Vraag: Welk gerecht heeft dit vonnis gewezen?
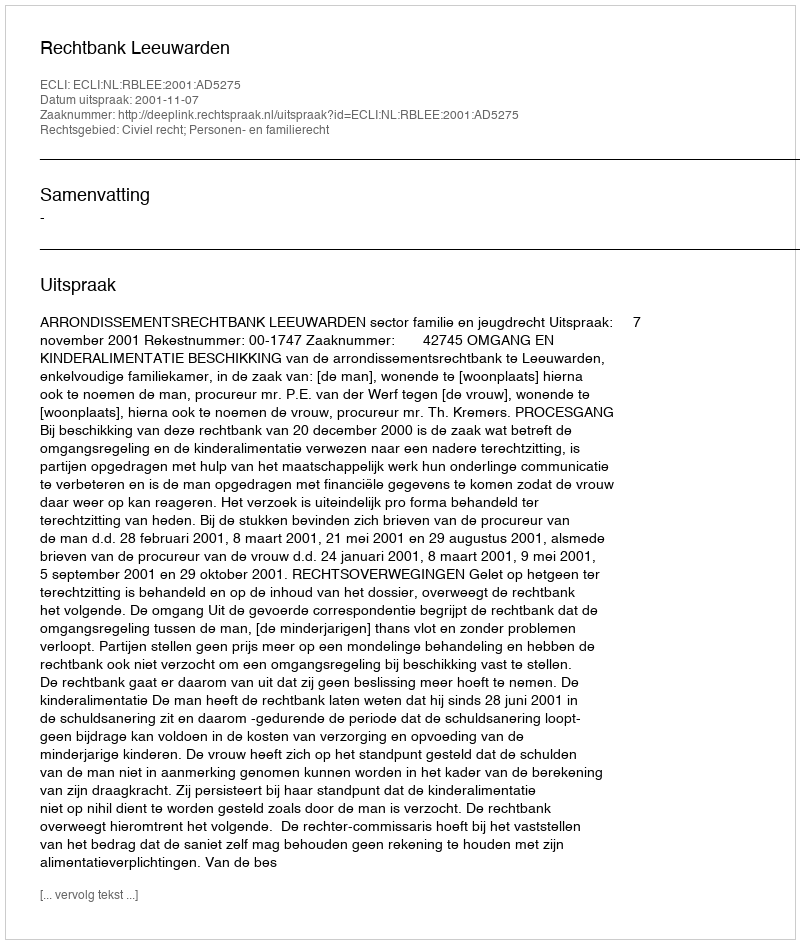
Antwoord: Rechtbank Leeuwarden